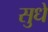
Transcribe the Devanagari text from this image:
सुधे